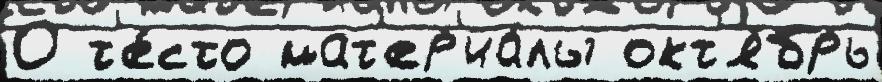
О т'е́сто мат'ер'иа́лы окт'я́брь